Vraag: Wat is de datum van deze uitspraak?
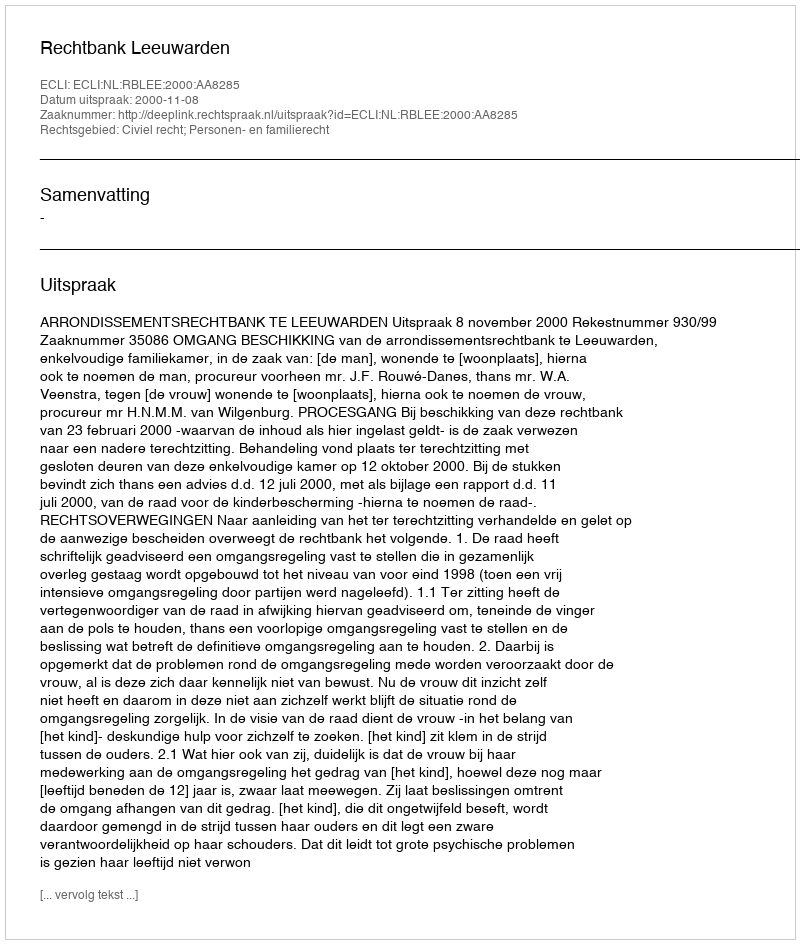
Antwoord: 2000-11-08